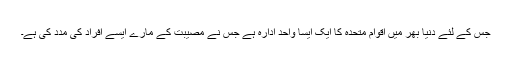
جس کے لئے دنیا بھر میں اقوام متحدہ کا ایک ایسا واحد ادارہ ہے جس نے مصیبت کے مارے ایسے افراد کی مدد کی ہے۔